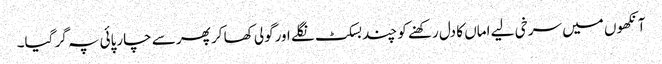
آنکھوں میں سرخی لیے اماں کا دل رکھنے کو چند بسکٹ نگلے اورگولی کھا کر پھر سے چارپائی پہ گر گیا۔